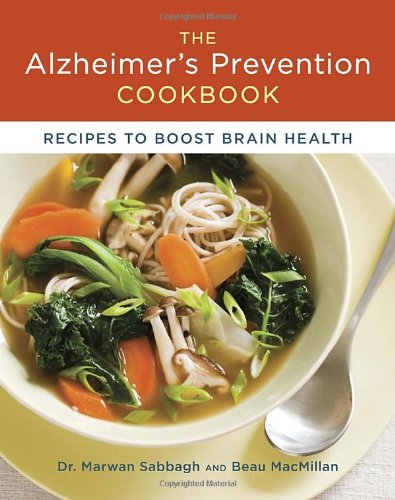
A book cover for The Alzheimer's Prevention Cookbook: 100 Recipes to Boost Brain Health; Dr. Marwan Sabbagh; Health, Fitness & Dieting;